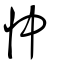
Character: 忡